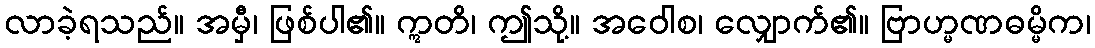
လာခဲ့ရသည်။ အမှီ၊ ဖြစ်ပါ၏။ ဣတိ၊ ဤသို့။ အဝေါစ၊ လျှောက်၏။ ဗြာဟ္မဏဓမ္မိက၊